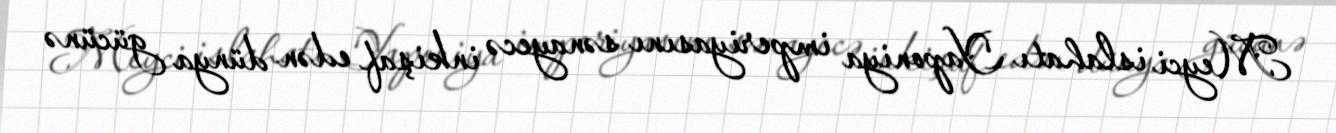
Meyci islahatı Yaponiya imperiyasını sənayecə inkişaf edən dünya gücünə